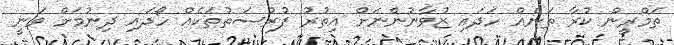
ތަމްރީން ކުރާ ތަނެއް ހަދައި ޒުވާނުންނަށް އިތުރު ފުރުސަތުތަކެއް ހޯދައި ދިނުމަށް ވަނީ